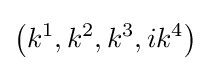
\left(k^{1},k^{2},k^{3},ik^{4}\right)